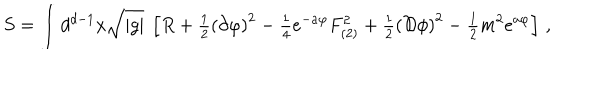
LaTeX: S = \int d ^ { d - 1 } x \sqrt { | g | } \ \left[ R + { \textstyle \frac { 1 } { 2 } } \left( \partial \varphi \right) ^ { 2 } - { \textstyle \frac { 1 } { 4 } } e ^ { - a \varphi } F _ { ( 2 ) } ^ { 2 } + { \textstyle \frac { 1 } { 2 } } \left( { \cal D } \phi \right) ^ { 2 } - { \textstyle \frac { 1 } { 2 } } m ^ { 2 } e ^ { a \varphi } \right] \, ,